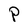
Character: P